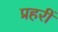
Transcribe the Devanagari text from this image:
प्रहरीं